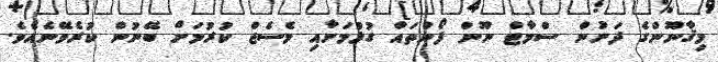
މިޤާނޫންގެ ދަށުން ސްމާޓް ނޫން ފޯންތައް ގުޅުމަށާއި މެސެޖް ކުރުމަށް ބޭނުން ކުރެވޭނެއެވެ.